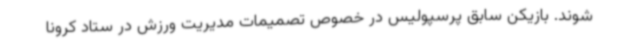
شوند. بازیکن سابق پرسپولیس در خصوص تصمیمات مدیریت ورزش در ستاد کرونا